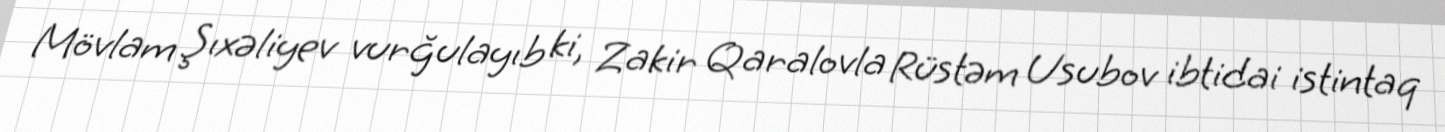
Mövlam Şıxəliyev vurğulayıb ki, Zakir Qaralovla Rüstəm Usubov ibtidai istintaq